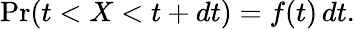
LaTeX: \operatorname*{Pr}(t<X<t+dt)=f(t)\, dt.